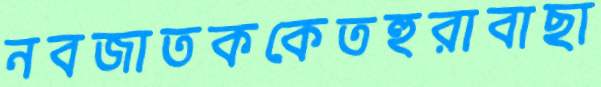
নবজাতককেতহুরাবাছা